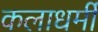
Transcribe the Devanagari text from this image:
कलाधर्मी